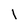
Character: l